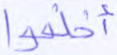
أخلفوا